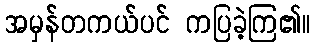
အမှန်တကယ်ပင် ကပြခဲ့ကြ၏။